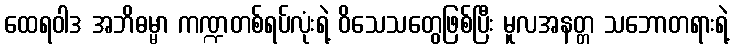
ထေရဝါဒ အဘိဓမ္မာ ကဏ္ဍတစ်ရပ်လုံးရဲ့ ဝိသေသတွေဖြစ်ပြီး မူလအနတ္တ သဘောတရားရဲ့